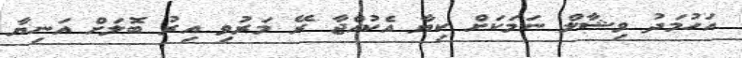
އަހުމަދު ވިޝާލް ނަމަކަށް ކިޔާ އެކުއްޖާ ރޭ މަރުވި އިރު ބޮލަށް އަނިޔާ